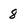
Character: 8